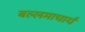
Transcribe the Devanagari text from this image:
बल्लमाचार्य